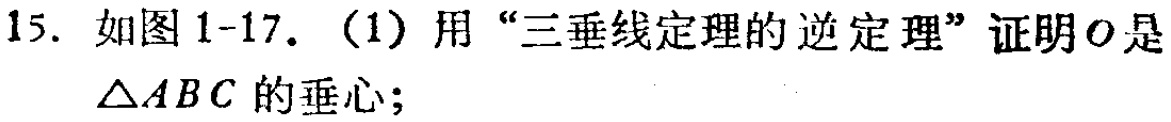
15. 如图1-17.（1）用“三垂线定理的逆定理”证明\(O\)是\(\triangle ABC\)的垂心；